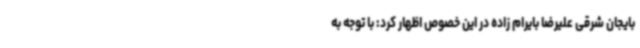
بایجان شرقی علیرضا بایرام زاده در این خصوص اظهار کرد: با توجه به